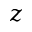
z